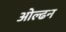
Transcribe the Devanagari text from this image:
ओल्ढन